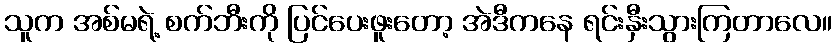
သူက အစ်မရဲ့ စက်ဘီးကို ပြင်ပေးဖူးတော့ အဲဒီကနေ ရင်းနှီးသွားကြတာလေ။